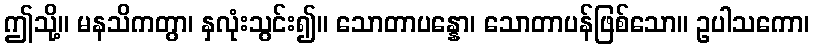
ဤသို့။ မနသိကတွာ၊ နှလုံးသွင်း၍။ သောတာပန္နော၊ သောတာပန်ဖြစ်သော။ ဥပါသကော၊